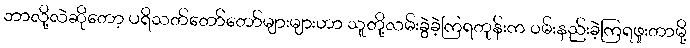
ဘာလို့လဲဆိုတော့ ပရိသတ်တော်တော်များများဟာ သူတို့လမ်းခွဲခဲ့ကြရတုန်းက ၀မ်းနည်းခဲ့ကြရဖူးတာမို့